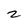
Character: 2